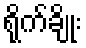
ရိုက်ချိုး